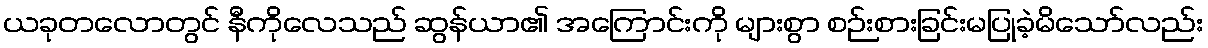
ယခုတလောတွင် နီကိုလေသည် ဆွန်ယာ၏ အကြောင်းကို များစွာ စဉ်းစားခြင်းမပြုခဲ့မိသော်လည်း